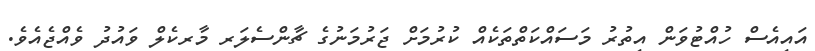
އައިއެސް ހުއްޓުވަން އިތުރު މަސައްކަތްތަކެއް ކުރުމަށް ޖަރުމަނުގެ ޗާންސެލަރ މާރކެލް ވައުދު ވެއްޖެެއެވެ.